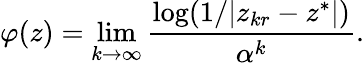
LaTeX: \varphi(z)=\operatorname*{lim}_{k\to\infty}{\frac{\log(1/|z_{kr}-z^{*}|)}{\alpha^{k}}}.